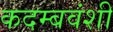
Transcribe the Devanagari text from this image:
कदम्बवंशी